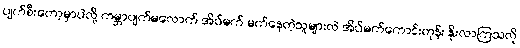
ပျက်စီးတော့မှာပဲလို့ ကမ္ဘာပျက်မလောက် အိပ်မက် မက်နေတဲ့သူများလဲ အိပ်မက်ကောင်းတုန်း နိုးလာကြသလို